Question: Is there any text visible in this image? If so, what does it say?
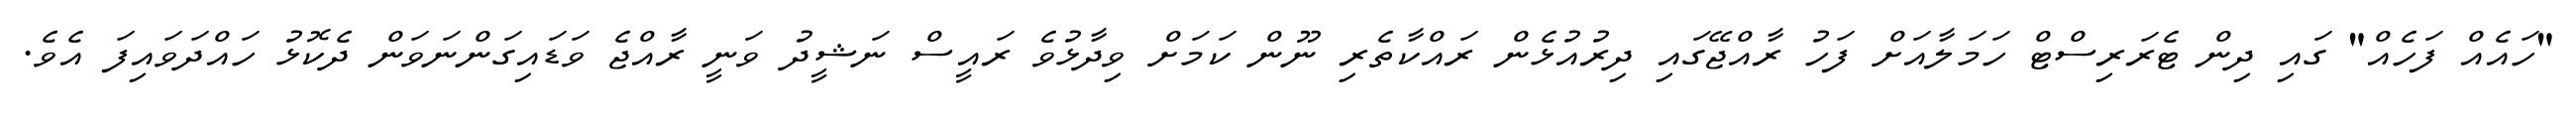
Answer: "ހައެއް ފަހެއް" ގައި ދިން ޓެރަރިސްޓް ހަމަލާއަށް ފަހު ރާއްޖޭގައި ދިރުއުޅެން ރައްކާތެރި ނޫން ކަމަށް ވިދާޅުވެ ރައީސް ނަޝީދު ވަނީ ރާއްޖެ ވަޑައިގަންނަވަން ދެކޮޅު ހައްދަވައިފަ އެވެ.